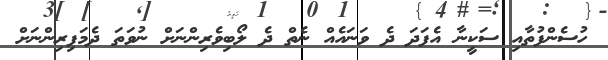
ހުސެންފުތާއި ސަކީނާ އެފަދަ ދެ ވަނައެއް ނެތް ދެ ލޯބިވެރިންނަށް ނުވަތަ ދެމަފިރިންނަށް